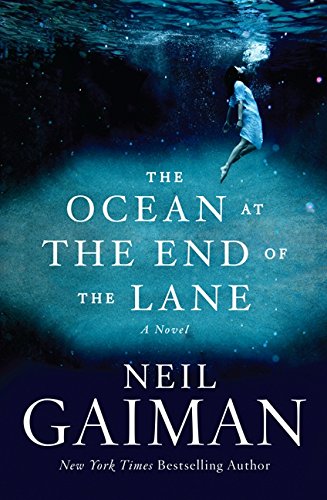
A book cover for The Ocean at the End of the Lane: A Novel; Neil Gaiman; Science Fiction & Fantasy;